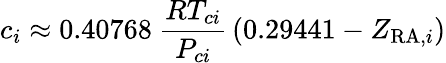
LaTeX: c_{i}\approx 0.40768\ {\frac{RT_{ci}}{P_{ci}}}\left(0.29441-Z_{{\mathrm{RA}},i}\right)